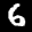
Label: 6